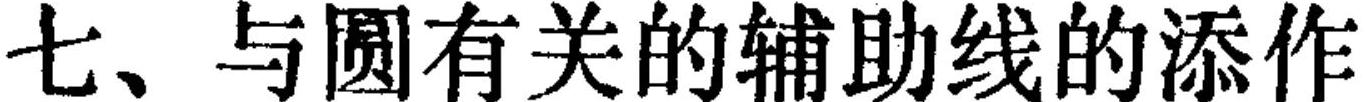
七、与圆有关的辅助线的添作